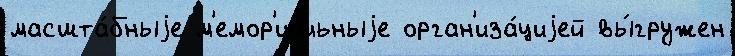
масшта́бныjе м'емор'иа́льныjе орган'иза́циjей вы́гружен